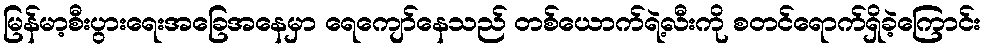
မြန်မာ့စီးပွားရေးအခြေအနေမှာ ရေကျော်နေသည် တစ်ယောက်ရဲ့လီးကို စတင်ရောက်ရှိခဲ့ကြောင်း